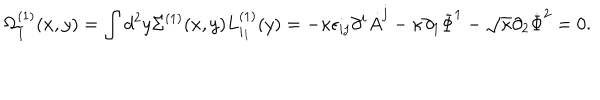
\Omega _ { \bar { 1 } } ^ { ( 1 ) } ( x , y ) = \int d ^ { 2 } y \Sigma ^ { ( 1 ) } ( x , y ) L _ { i _ { 1 } } ^ { ( 1 ) } ( y ) = - \kappa \epsilon _ { i j } \partial ^ { i } \dot { A } ^ { j } - \kappa \partial _ { 1 } \dot { \Phi } ^ { 1 } - { \sqrt \kappa } \partial _ { 2 } \dot { \Phi } ^ { 2 } = 0 .